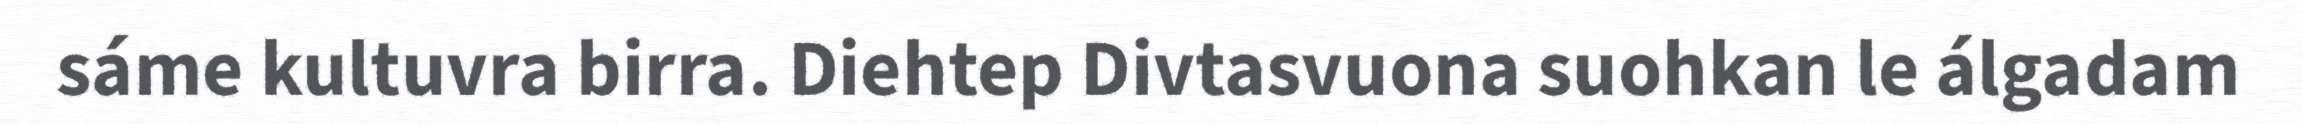
sáme kultuvra birra. Diehtep Divtasvuona suohkan le álgadam